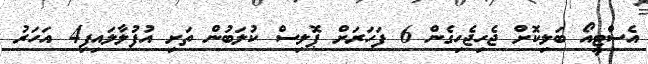
އެސްޓީއޯ ބަލިކޮށް ޖެހިޖެހިގެން 6 ފަހަރަށް ޕޮލިސް ކުލަބުން ތަށި އުފުލާލައިފި4 އަހަރު